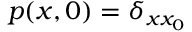
p ( x , 0 ) = \delta _ { x x _ { 0 } }